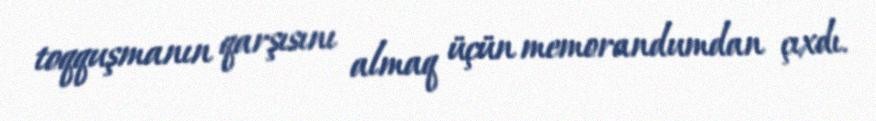
toqquşmanın qarşısını almaq üçün memorandumdan çıxdı.